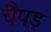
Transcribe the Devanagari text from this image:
चैपड़